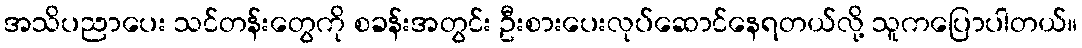
အသိပညာပေး သင်တန်းတွေကို စခန်းအတွင်း ဦးစားပေးလုပ်ဆောင်နေရတယ်လို့ သူကပြောပါတယ်။